Lunatic asylums in Bengal annual reports 1912-1924 - 1912-1924
Year: 1912
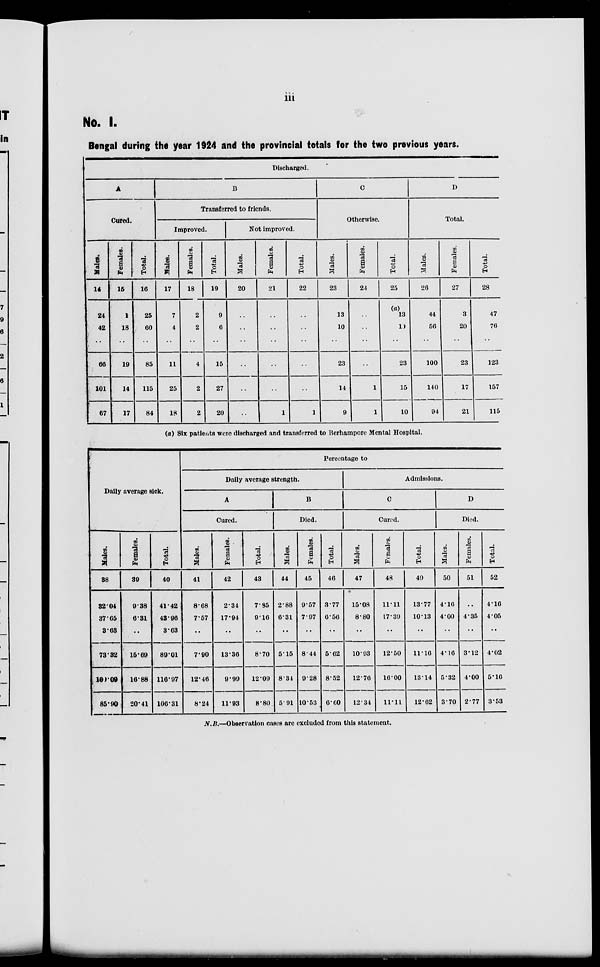
iii
No. I.
Bengal during the year 1924 and the provincial totals for the two previous years.
Discharged.
A
Cured.
Males.
14
24
42
..
66
101
67
Females.
15
1
18
..
19
14
17
Total.
16
25
60
..
85
115
84
D
Transferred to friends.
Improved.
Males.
17
7
4
..
11
25
18
Females.
18
2
2
..
4
2
2
Total.
19
9
6
..
15
27
20
Not Improved.
Males.
20
..
..
..
..
..
..
Females.
21
..
..
..
..
..
1
Total.
22
..
..
..
..
..
1
C
Otherwise.
Males.
23
13
10
..
23
14
9
Females.
24
..
..
..
..
1
1
Total.
25
(a)
13
10
..
23
15
10
D
Total.
Males.
26
44
56
..
100
140
94
Females.
27
3
20
..
23
17
21
Total.
28
47
76
..
123
157
115
(a) Six patients were discharged and transferred to Berhampore Mental Hospital.
Dally average sick.
Males.
38
32.04
37.65
3.68
73.32
100.00
85.90
Females.
39
9.38
6.31
..
15.69
16 88
20.41
Total.
40
41.42
43.96
3.63
89.01
116.97
106.31
Percentage to
Daily average strength.
A
Cured.
Males.
41
8.68
7.57
..
7.90
12.46
8.24
Females.
42
2.34
17.94
..
13.36
9.99
11.93
Total.
43
7.85
9.16
..
8.70
12.09
8.80
B
Died.
Males.
44
2.88
6.31
..
5.15
8.34
5.91
Females.
45
9.57
7.97
..
8.44
9.28
10.53
Total.
46
3.77
6.56
..
5.62
8.52
6.60
Admissions.
C
Cured.
Males.
47
15.08
8.80
..
10.93
12.76
12.34
Females.
48
11.11
17.39
..
12.60
16.00
11.11
Total.
49
13.77
10.13
..
11.16
13.14
12.62
D
Died.
Males.
50
4.16
4.00
..
4.10
5.32
3.70
Females.
51
..
4.36
..
3.12
4.00
2.77
Total.
52
4.16
4.05
..
4.02
5.16
3.53
N.B.—Observation cases are excluded from this statement.